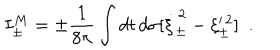
I _ { \pm } ^ { M } = \pm { \frac { 1 } { 8 \pi } } \int d t \, d \sigma [ \dot { \xi } _ { \pm } ^ { \, 2 } - \xi _ { \pm } ^ { \, 2 } ] ~ ~ .